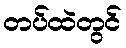
တပ်ထဲတွင်